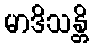
မာဒိသန္တိ